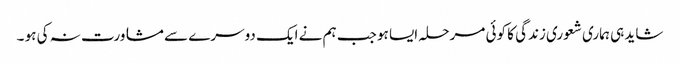
شاید ہی ہماری شعوری زندگی کا کوئی مرحلہ ایسا ہو جب ہم نے ایک دوسرے سے مشاورت نہ کی ہو ۔